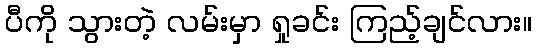
ပီကို သွားတဲ့ လမ်းမှာ ရှုခင်း ကြည့်ချင်လား။